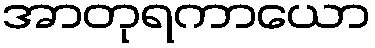
အာတုရကာယော